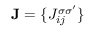
{ \bf J } = \{ J _ { i j } ^ { \sigma \sigma ^ { \prime } } \}